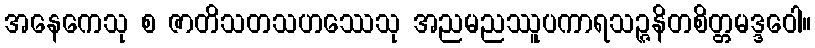
အနေကေသု စ ဇာတိသတသဟဿေသု အညမညဿူပကာရသဉ္ဇနိတစိတ္တမဒ္ဒဝေါ။